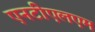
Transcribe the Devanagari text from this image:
एनटीएलएम